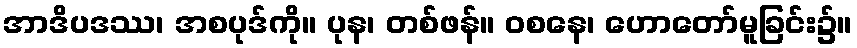
အာဒိပဒဿ၊ အစပုဒ်ကို။ ပုန၊ တစ်ဖန်။ ဝစနေ၊ ဟောတော်မူခြင်း၌။